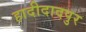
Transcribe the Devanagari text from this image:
हादीदादपुर